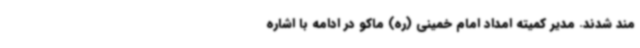
مند شدند. مدیر کمیته امداد امام خمینی (ره) ماکو در ادامه با اشاره